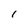
Character: 1